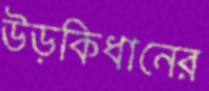
উড়কিধানের